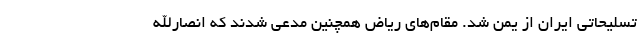
تسلیحاتی ایران از یمن شد. مقام‌های ریاض همچنین مدعی شدند که انصارالله